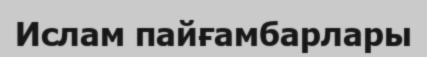
Ислам пайғамбарлары